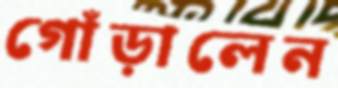
গোঁড়ালেন